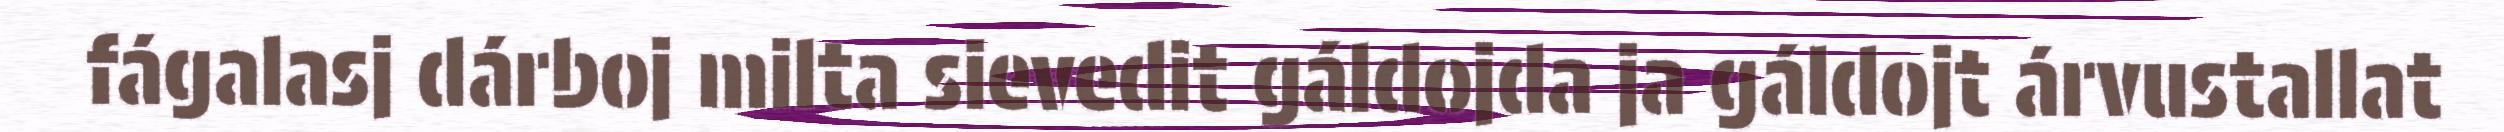
fágalasj dárboj milta sievedit gáldojda ja gáldojt árvustallat